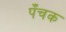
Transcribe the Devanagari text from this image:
पँचक